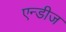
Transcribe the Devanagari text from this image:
एन्डीज